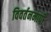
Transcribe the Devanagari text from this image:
विवर्तनमापी